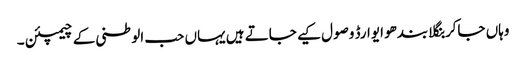
وہاں جاکر بنگلا بندھو ایوارڈ وصول کیے جاتے ہیں یہاں حب الوطنی کے چیمپئن ۔